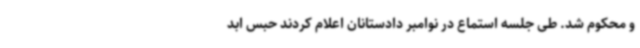
و محکوم شد. طی جلسه استماع در نوامبر دادستانان اعلام کردند حبس ابد